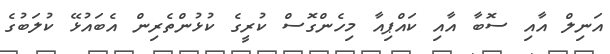
އަނިލް އާއި ސޮބާ އާއި ކައްޕިއާ މިހެންގޮސް ކުރީގެ ކުޅުންތެރިން އެބައުޅޭ ކުލަބުގެ